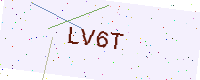
Text: LV6T